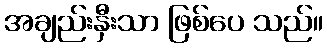
အချည်းနှီးသာ ဖြစ်ပေ သည်။